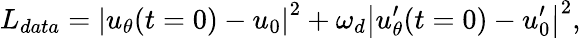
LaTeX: L_{data}=\left|{u_{\theta}}(t=0)-u_{0}\right|^{2}+\omega_{d}\left|{u_{\theta}^{\prime}}(t=0)-u_{0}^{\prime}\right|^{2},